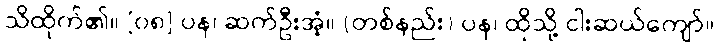
သိထိုက်၏။ [၀၈] ပန၊ ဆက်ဦးအံ့။ (တစ်နည်း) ပန၊ ထိုသို့ ငါးဆယ်ကျော်။